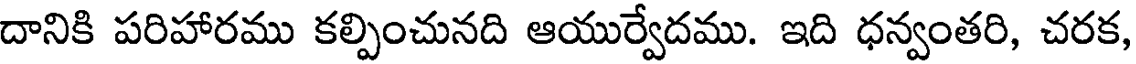
దానికి పరిహారము కల్పించునది ఆయుర్వేదము. ఇది ధన్వంతరి, చరక,